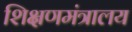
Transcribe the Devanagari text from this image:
शिक्षणमंत्रालय